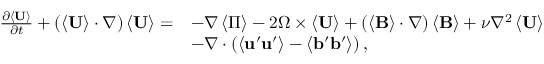
\begin{array} { r l } { \frac { \partial \left\langle \mathbf { U } \right\rangle } { \partial t } + \left( \left\langle \mathbf { U } \right\rangle \cdot \nabla \right) \left\langle \mathbf { U } \right\rangle = } & { - \nabla \left\langle \Pi \right\rangle - 2 \boldsymbol { \Omega } \times \langle \mathbf { U } \rangle + \left( \left\langle \mathbf { B } \right\rangle \cdot \nabla \right) \left\langle \mathbf { B } \right\rangle + \nu \nabla ^ { 2 } \left\langle \mathbf { U } \right\rangle } \\ & { - \nabla \cdot \left( \left\langle \mathbf { u } ^ { \prime } \mathbf { u } ^ { \prime } \right\rangle - \left\langle \mathbf { b } ^ { \prime } \mathbf { b } ^ { \prime } \right\rangle \right) , } \end{array}